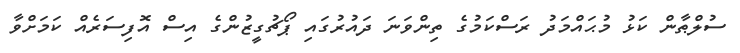
ސުލްޠާން ކަޅު މުޙައްމަދު ރަސްކަމުގެ ތިންވަނަ ދައުރުގައި ޕޯޗުގީޒުންގެ އިސް އޮފިސަރެއް ކަމަށްވާ